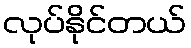
လုပ်နိုင်တယ်